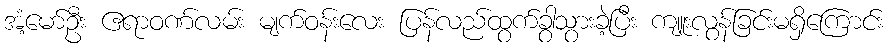
အံ့မော်ဦး ဧရာဝဏ်လမ်း မျက်ဝန်းလေး ပြန်လည်ထွက်ခွာသွားခဲ့ပြီး ကျူးလွန်ခြင်းမရှိကြောင်း